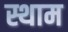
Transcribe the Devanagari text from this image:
स्थाम